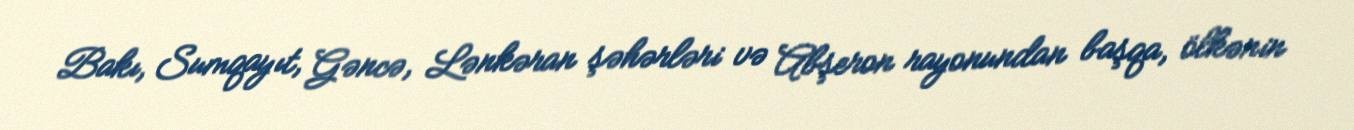
Bakı, Sumqayıt, Gəncə, Lənkəran şəhərləri və Abşeron rayonundan başqa, ölkənin